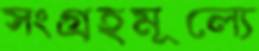
সংগ্রহমূল্যে